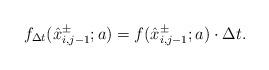
LaTeX: \begin{align*}f_{\Delta t}(\hat x_{i,j-1}^{\pm};a)=f(\hat x_{i,j-1}^{\pm};a)\cdot \Delta t.\end{align*}